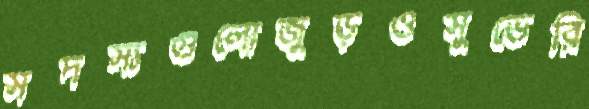
সদস্যগুলোজুড়ওসুভেরি